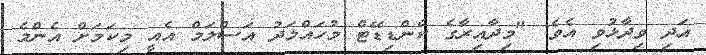
އަދި ވިދާޅުވި އެވެ: "މިދާއިރާގެ ކެންޑިޑޭޓް މުހައްމަދު އަސްލަމް އެއީ މިކަމަށް އެންމެ